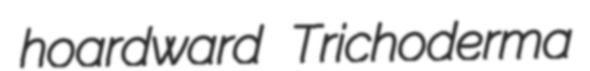
hoardward Trichoderma